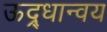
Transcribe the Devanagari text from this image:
ऊद्र्धान्वय